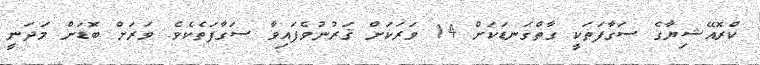
ކްރޮއޭޝިޔާގެ ސަގާފަތަކީ ގާތްގަނޑަކަށް 14 ވަރަކަށް ޤަރުނުވެފައިވާ ސަގާފަތެކެވެ. ވަރަށް ބޮޑަށް މަދަނީ